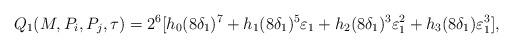
LaTeX: \begin{align*}&{Q_1}(M,P_i,P_j,\tau)=2^6[h_0(8\delta_1)^{7}+h_1(8\delta_1)^{5}\varepsilon_1+h_2(8\delta_1)^{3}\varepsilon_1^2+h_3(8\delta_1)\varepsilon_1^3],\end{align*}